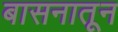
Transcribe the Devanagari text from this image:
बासनातून